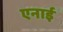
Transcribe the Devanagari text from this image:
एनाई